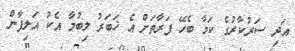
އަދި ސަރުކާރުގެ ކަމާ ބެހޭ ފަރާތަށް އެ ޚަބަރު ލިބުމާ އެކު އަލިފާން